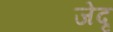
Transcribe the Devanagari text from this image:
जेदृ